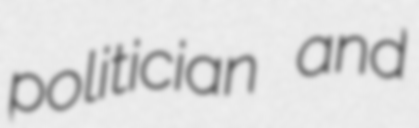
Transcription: politician and